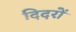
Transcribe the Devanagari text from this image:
दिदरों